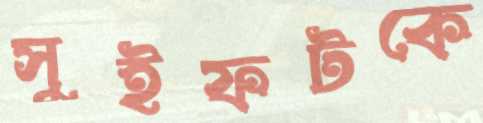
সুইফটকে